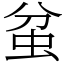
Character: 蚠